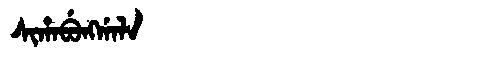
Manchu: ᠰᡳᡥᠠᠪᡠᠩᡤᠠᠯᠠ
Romanization: SIHABUNGGALA